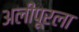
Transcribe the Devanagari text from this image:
अलीपूरला